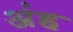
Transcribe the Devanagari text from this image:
अंह